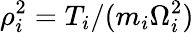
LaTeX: \rho_{i}^{2}=T_{i}/(m_{i}\Omega_{i}^{2})